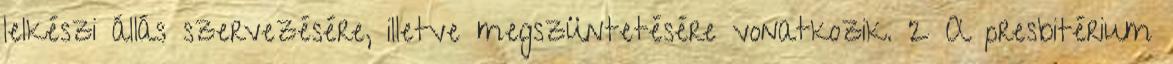
lelkészi állás szervezésére, illetve megszüntetésére vonatkozik. 2 A presbitérium